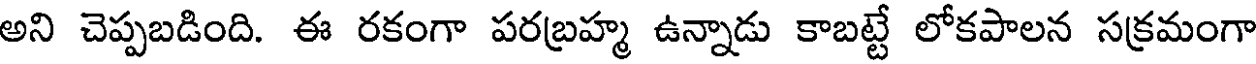
అని చెప్పబడింది. ఈ రకంగా పరబ్రహ్మ ఉన్నాడు కాబట్టే లోకపాలన సక్రమంగా